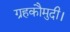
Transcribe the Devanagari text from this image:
ग्रहकौमुदी।